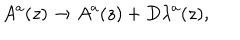
LaTeX: A ^ { a } ( z ) \rightarrow A ^ { a } ( z ) + D \lambda ^ { a } ( z ) ,